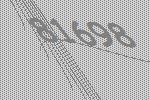
81698